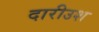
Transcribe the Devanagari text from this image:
दारीउश